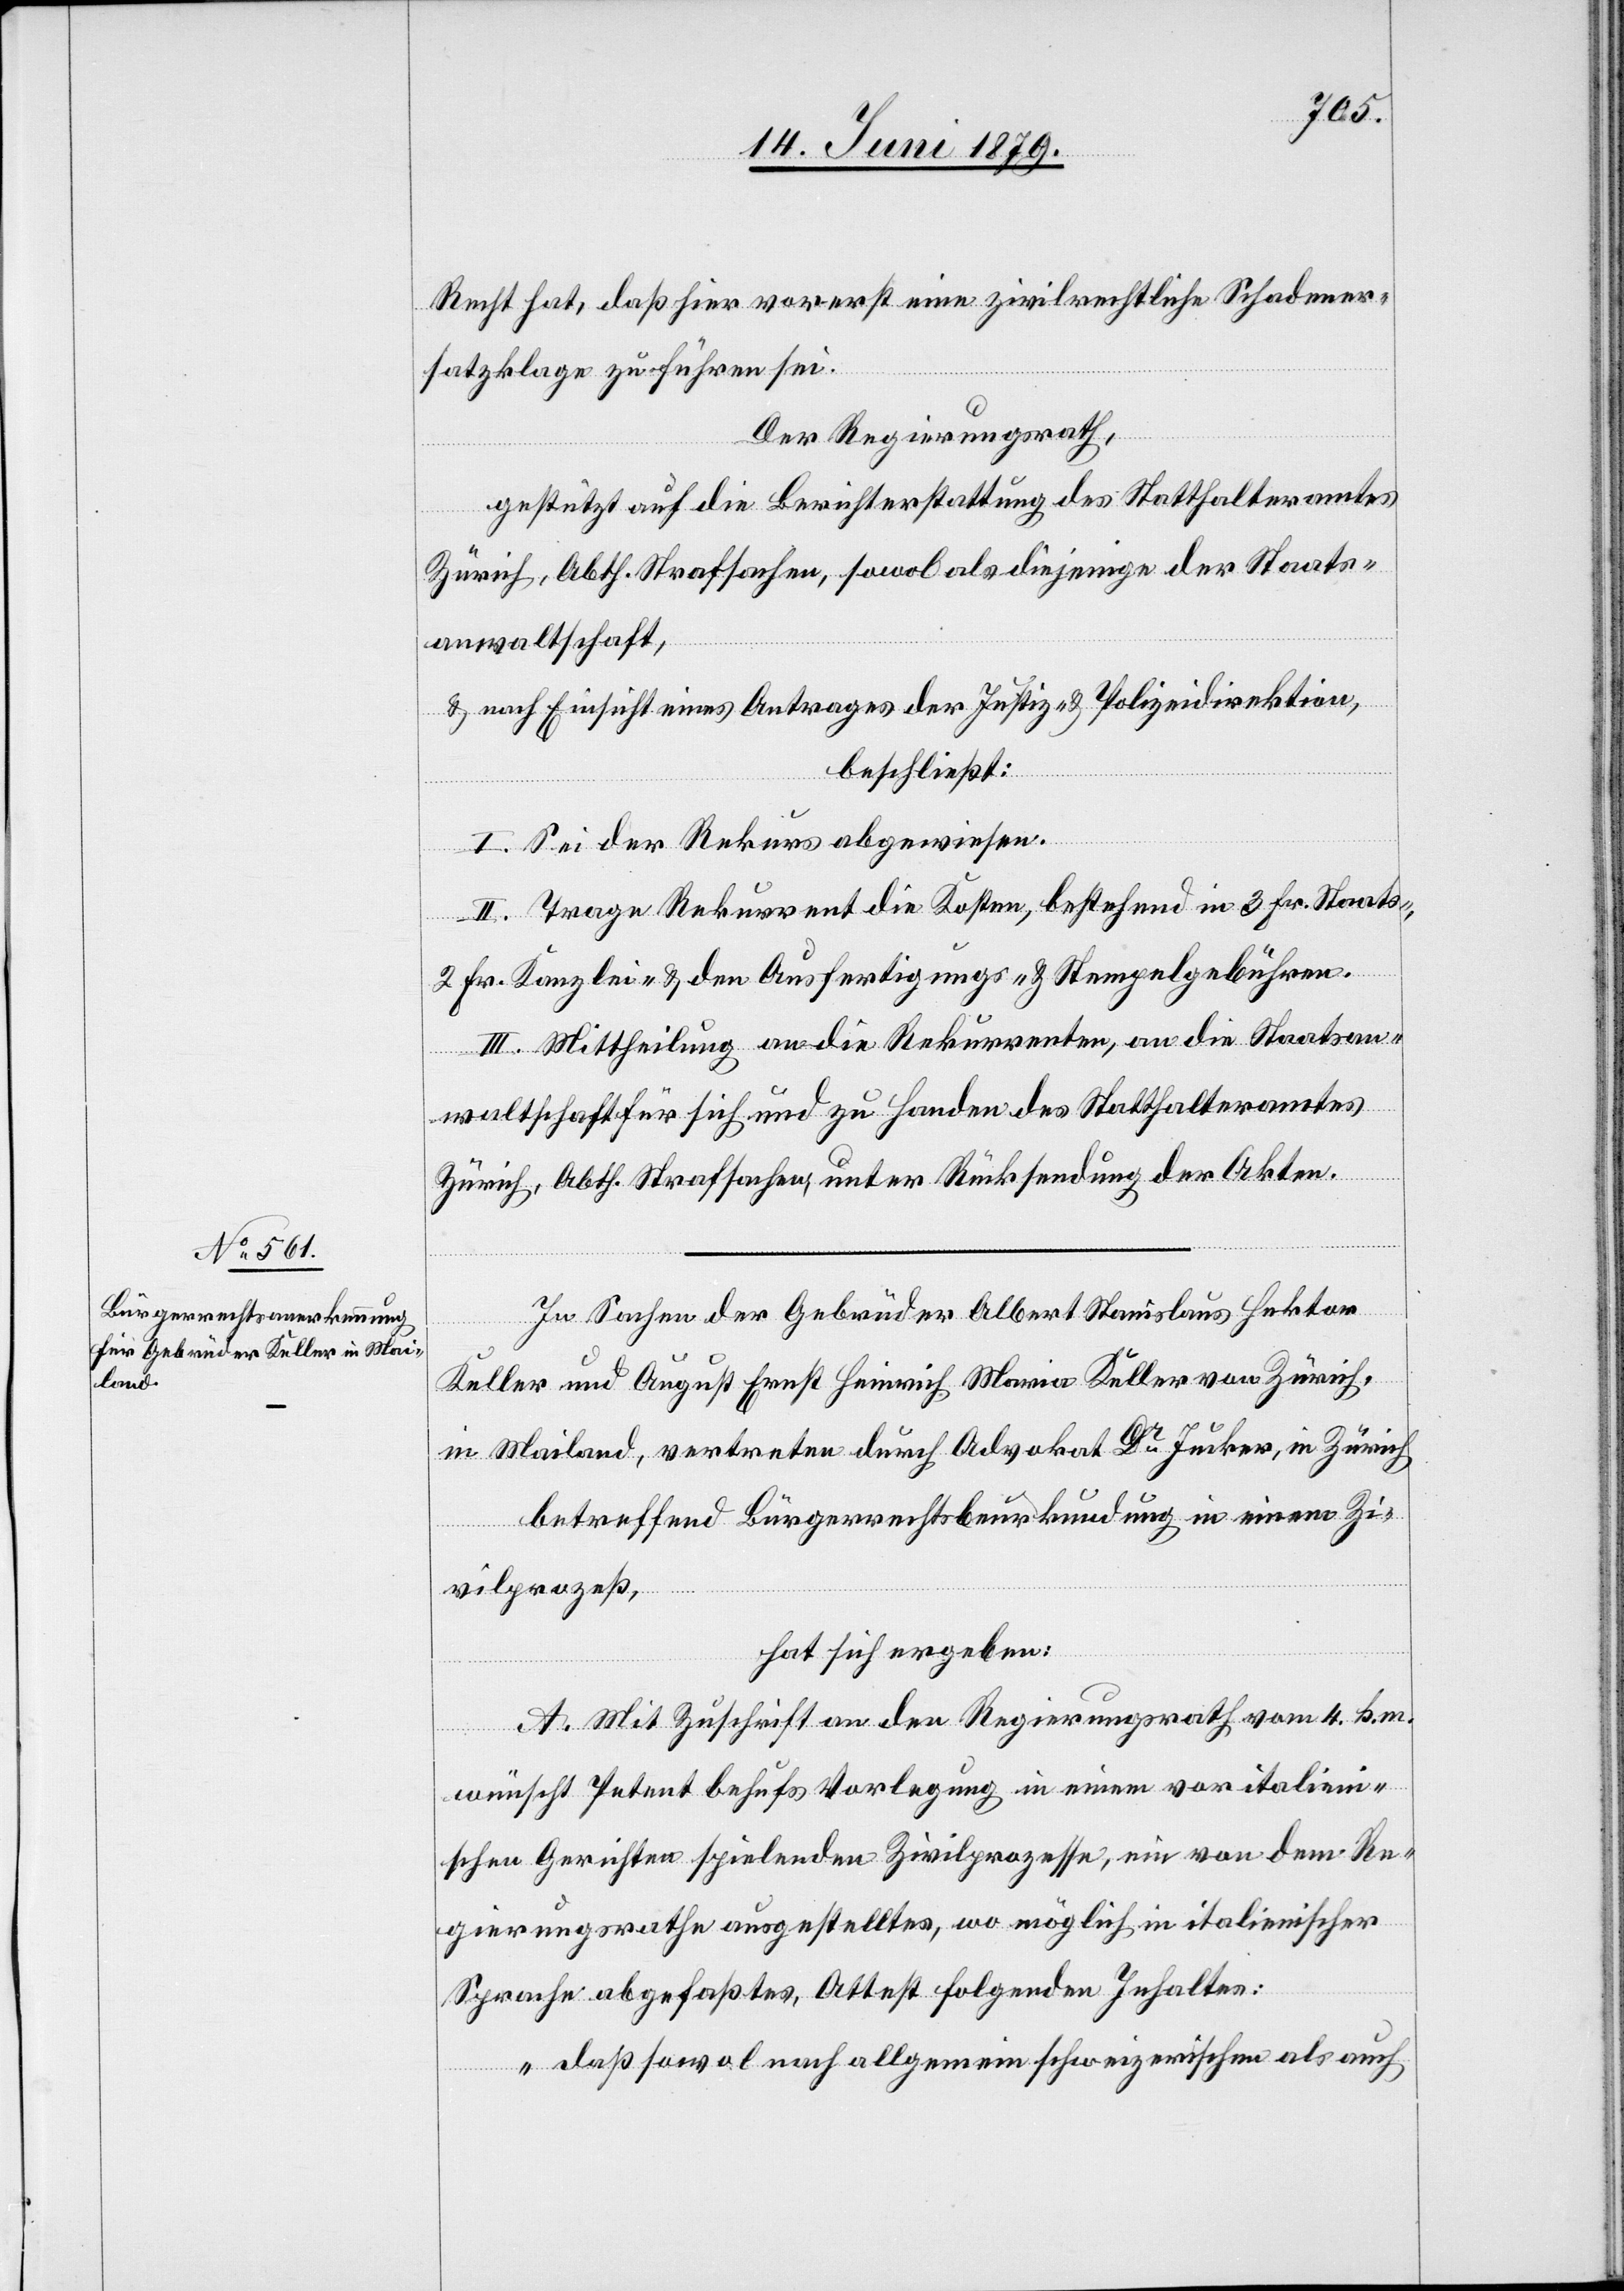
Recht hat, daß hier vorerst eine zivilrechtliche Schadener¬
satzklage zu führen sei.
Der Regierungsrath,
gestützt auf die Berichterstattung des Statthalteramtes
Zürich, Abth. Strafsachen, sowol als diejenige der Staats¬
anwaltschaft,
& nach Einsicht eines Antrages der Justiz- & Polizeidirektion,
beschließt:
I. Sei der Rekurs abgewiesen.
II. Trage Rekurrent die Kosten, bestehend in 3 Fr. Staats-,
2 Fr. Kanzlei- & den Ausfertigungs- & Stempelgebühren.
III. Mittheilung an die Rekurrenten, an die Staatsan¬
waltschaft für sich und zu Handen des Statthalteramtes
Zürich, Abth. Strafsachen, unter Rücksendung der Akten.
In Sachen der Gebrüder Albert Stanislaus Hektor
Keller und August Ernst Heinrich Maria Keller von Zürich,
in Mailand, vertreten durch Advokat Dr Jucker, in Zürich
betreffend Bürgerrechtsbeurkundung in einem Zi¬
vilprozeß,
hat sich ergeben:
A. Mit Zuschrift an den Regierungsrath vom 4. h.
m.
wünscht Petent behufs Vorlegung in einem vor italieni¬
schen Gerichten spielenden Zivilprozesse, ein von dem Re¬
gierungsrathe ausgestelltes, wo möglich in italienischer
Sprache abgefaßtes, Attest folgenden Inhaltes:
„daß sowol nach allgemein schweizerischen als auch